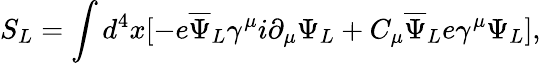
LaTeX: S_{L}=\int d^{4}x[-e{\overline{{\Psi}}}_{L}\gamma^{\mu}i\partial_{\mu}\Psi_{L}+C_{\mu}{\overline{{\Psi}}}_{L}e\gamma^{\mu}\Psi_{L}],